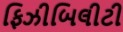
ફિઝીબિલીટી